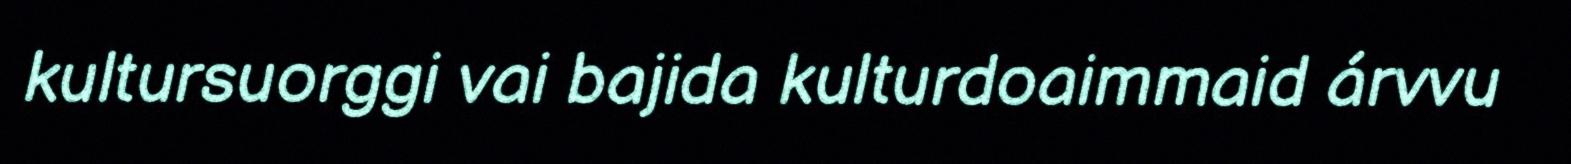
kultursuorggi vai bajida kulturdoaimmaid árvvu